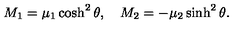
M _ { 1 } = \mu _ { 1 } \cosh ^ { 2 } \theta , \quad M _ { 2 } = - \mu _ { 2 } \sinh ^ { 2 } \theta .